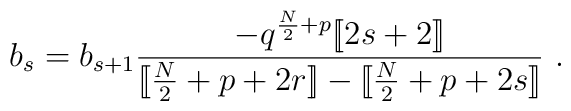
b_s=b_{s+1}{-q^{{N\over2}+p}[\![2s+2]\!]\over[\![{N\over2}+p+2r]\!]-[\![{N\over2}+p+2s]\!]} \ .